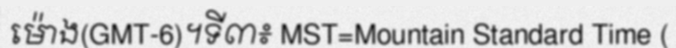
ម៉ោង(GMT-6)។ទី៣៖ MST=Mountain Standard Time (